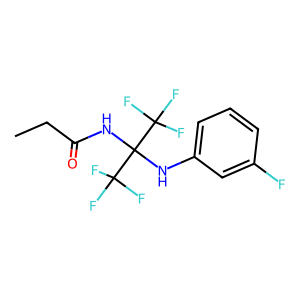
SMILES: CCC(=O)NC(Nc1cccc(F)c1)(C(F)(F)F)C(F)(F)F
Inhibits HIV replication: No